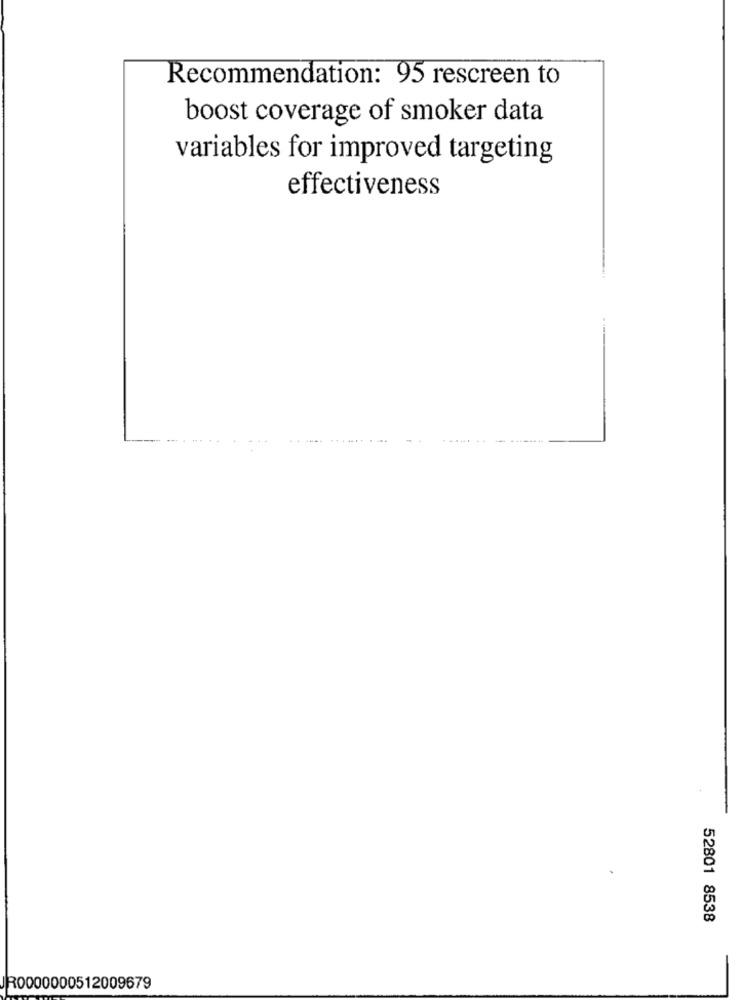
Recommendation: 95 rescreen to
boost coverage of smoker data
variables for improved targeting
effectiveness
.........
-
52801 8538
R0000000512009679